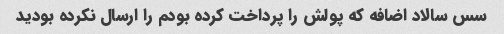
سس سالاد اضافه که پولش را پرداخت کرده بودم را ارسال نکرده بودید